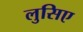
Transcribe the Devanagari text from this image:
लुसिए